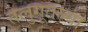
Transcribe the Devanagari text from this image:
तेलुगूतल्या